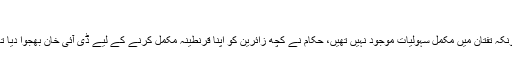
"
چونکہ تفتان میں مکمل سہولیات موجود نہیں تھیں، حکام نے کچھ زائرین کو اپنا قرنطینہ مکمل کرنے کے لیے ڈی آئی خان بھجوا دیا تھا۔